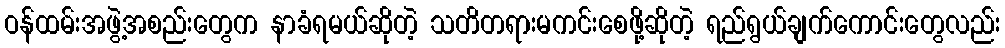
ဝန်ထမ်းအဖွဲ့အစည်းတွေက နာခံရမယ်ဆိုတဲ့ သတိတရားမကင်းစေဖို့ဆိုတဲ့ ရည်ရွယ်ချက်ကောင်းတွေလည်း